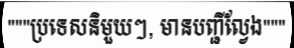
"""ប្រទេសនិមួយៗ, មានបញ្ជីល្វែង"""